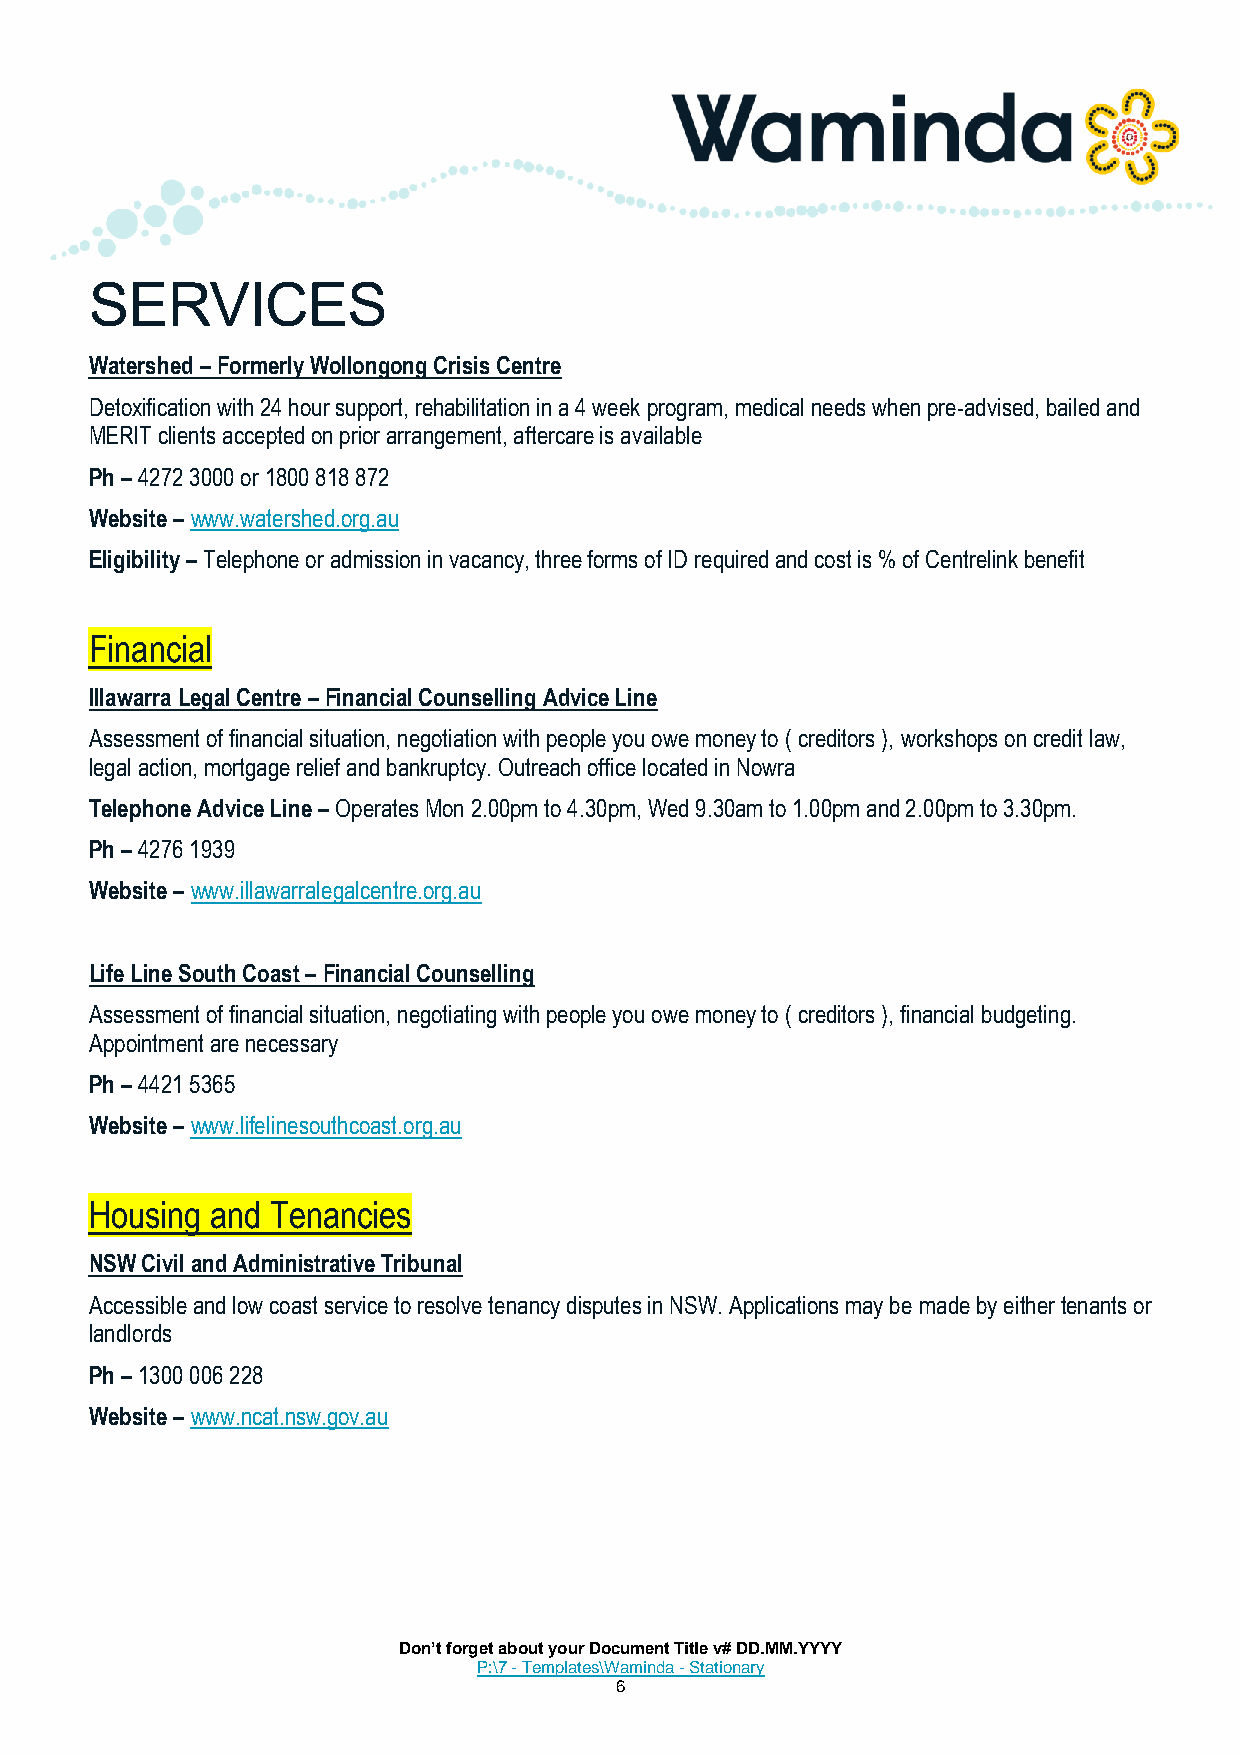
SERVICES
 Watershed – Formerly Wollongong Crisis Centre
 Detoxification with 24 hour support, rehabilitation in a 4 week program, medical needs when pre-advised, bailed and
 MERIT clients accepted on prior arrangement, aftercare is available
 Ph – 4272 3000 or 1800 818 872
 Website – www.watershed.org.au
 Eligibility – Telephone or admission in vacancy, three forms of ID required and cost is % of Centrelink benefit
 Financial
 Illawarra Legal Centre – Financial Counselling Advice Line
 Assessment of financial situation, negotiation with people you owe money to ( creditors ), workshops on credit law,
 legal action, mortgage relief and bankruptcy. Outreach office located in Nowra
 Telephone Advice Line – Operates Mon 2.00pm to 4.30pm, Wed 9.30am to 1.00pm and 2.00pm to 3.30pm.
 Ph – 4276 1939
 Website – www.illawarralegalcentre.org.au
 Life Line South Coast – Financial Counselling
 Assessment of financial situation, negotiating with people you owe money to ( creditors ), financial budgeting.
 Appointment are necessary
 Ph – 4421 5365
 Website – www.lifelinesouthcoast.org.au
 Housing and Tenancies
 NSW Civil and Administrative Tribunal
 Accessible and low coast service to resolve tenancy disputes in NSW. Applications may be made by either tenants or
 landlords
 Ph – 1300 006 228
 Website – www.ncat.nsw.gov.au
 Don’t forget about your Document Title v# DD.MM.YYYY
 P:\7 - Templates\Waminda - Stationary
 6